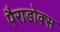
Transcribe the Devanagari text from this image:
पैराडोक्स